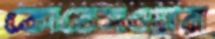
কোতেসওয়ারা